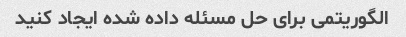
الگوریتمی برای حل مسئله داده شده ایجاد کنید